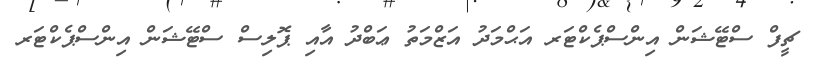
ޗީފް ސްޓޭޝަން އިންސްޕެކްޓަރ އަޙްމަދު އަޒްމަތު ޢަބްދު އާއި ޕޮލިސް ސްޓޭޝަން އިންސްޕެކްޓަރ